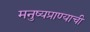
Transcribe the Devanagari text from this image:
मनुष्यप्राण्याची